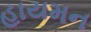
હાયમન